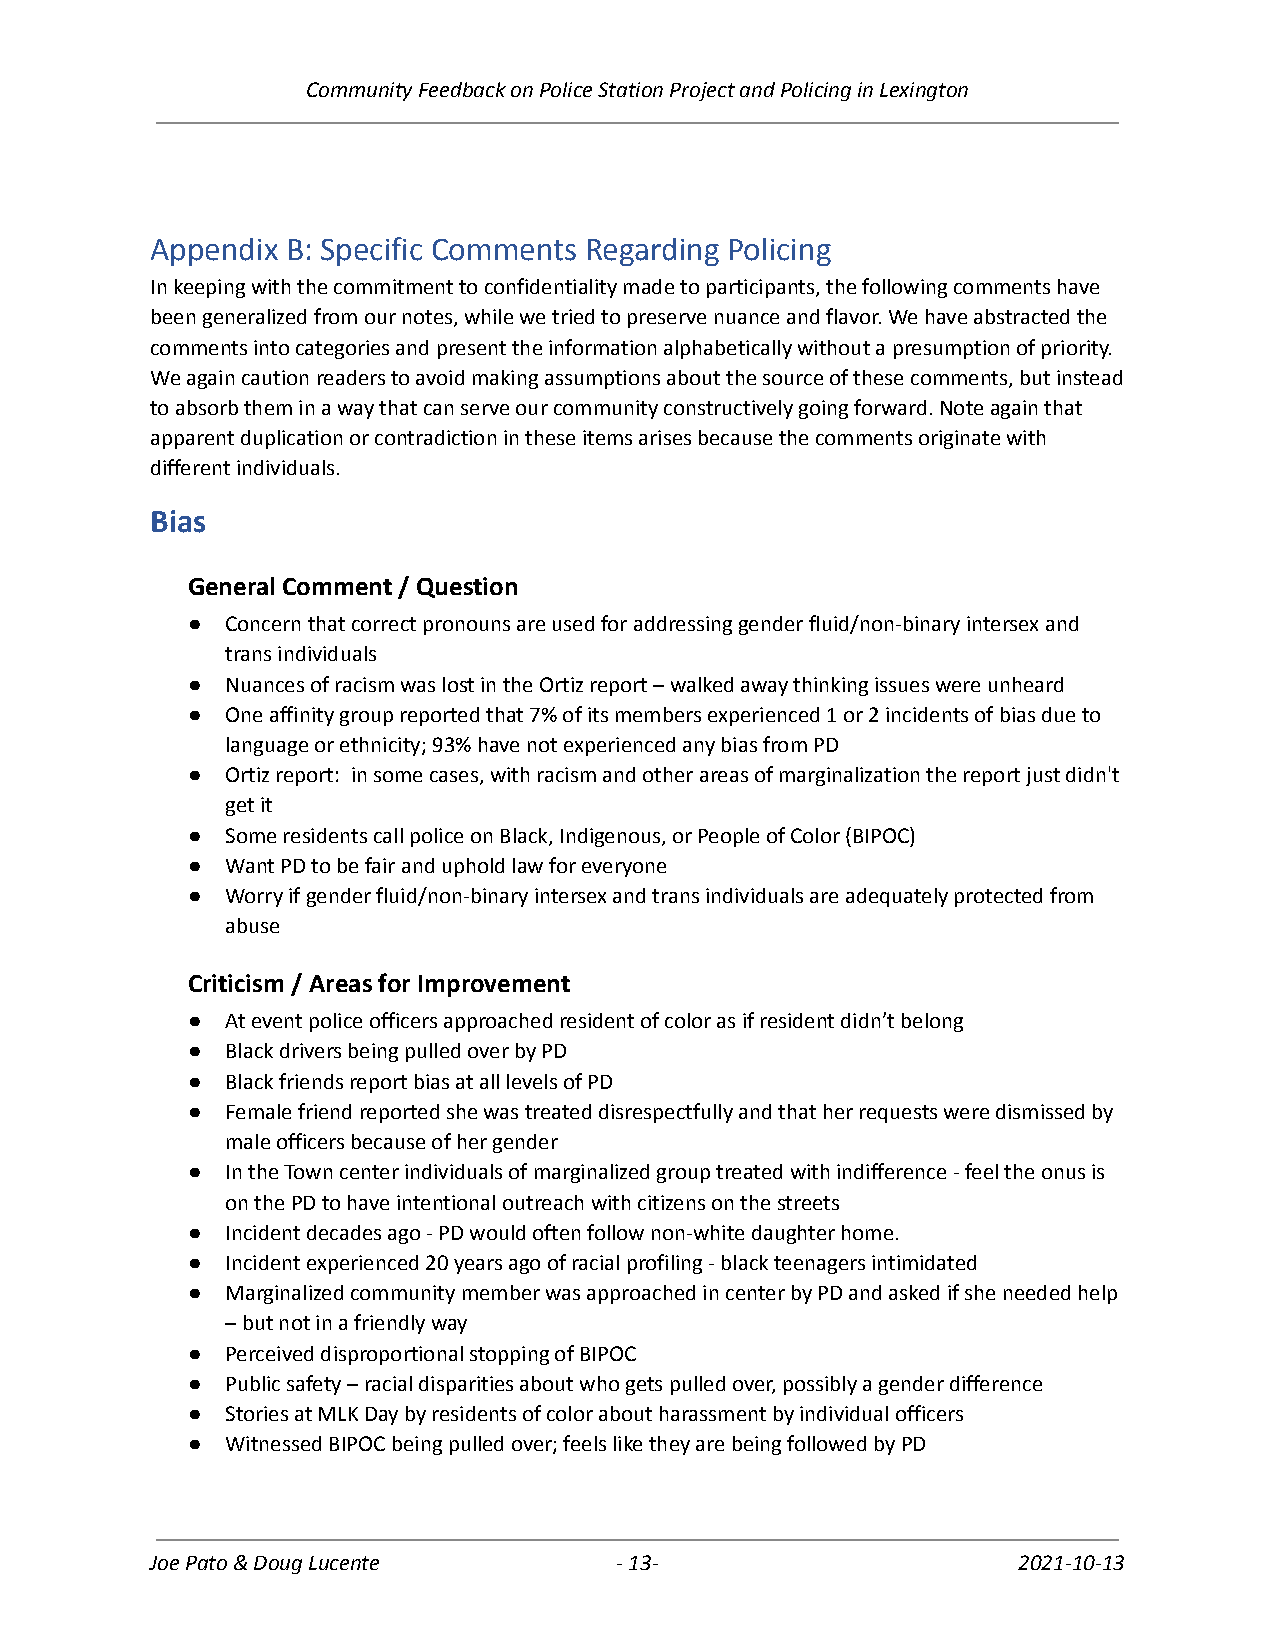
Community Feedback on Police Station Project and Policing in Lexington
 Appendix B: Specific Comments Regarding Policing
 In keeping with the commitment to confidentiality made to participants, the following comments have
 been generalized from our notes, while we tried to preserve nuance and flavor. We have abstracted the
 comments into categories and present the information alphabetically without a presumption of priority.
 We again caution readers to avoid making assumptions about the source of these comments, but instead
 to absorb them in a way that can serve our community constructively going forward. Note again that
 apparent duplication or contradiction in these items arises because the comments originate with
 different individuals.
 Bias
 General Comment / Question
 ●  Concern that correct pronouns are used for addressing gender fluid/non-binary intersex and
 trans individuals
 ●  Nuances of racism was lost in the Ortiz report – walked away thinking issues were unheard
 ●  One affinity group reported that 7% of its members experienced 1 or 2 incidents of bias due to
 language or ethnicity; 93% have not experienced any bias from PD
 ●  Ortiz report: in some cases, with racism and other areas of marginalization the report just didn't
 get it
 ●  Some residents call police on Black, Indigenous, or People of Color (BIPOC)
 ●  Want PD to be fair and uphold law for everyone
 ●  Worry if gender fluid/non-binary intersex and trans individuals are adequately protected from
 abuse
 Criticism / Areas for Improvement
 ●  At event police officers approached resident of color as if resident didn’t belong
 ●  Black drivers being pulled over by PD
 ●  Black friends report bias at all levels of PD
 ●  Female friend reported she was treated disrespectfully and that her requests were dismissed by
 male officers because of her gender
 ●  In the Town center individuals of marginalized group treated with indifference - feel the onus is
 on the PD to have intentional outreach with citizens on the streets
 ●  Incident decades ago - PD would often follow non-white daughter home.
 ●  Incident experienced 20 years ago of racial profiling - black teenagers intimidated
 ●  Marginalized community member was approached in center by PD and asked if she needed help
 – but not in a friendly way
 ●  Perceived disproportional stopping of BIPOC
 ●  Public safety – racial disparities about who gets pulled over, possibly a gender difference
 ●  Stories at MLK Day by residents of color about harassment by individual officers
 ●  Witnessed BIPOC being pulled over; feels like they are being followed by PD
 Joe Pato & Doug Lucente        -13-                      2021-10-13